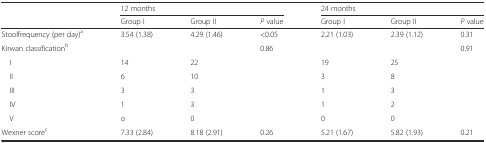
<table><thead><tr><td rowspan="2"></td><td colspan="3"><b>12 months</b></td><td colspan="3"><b>24 months</b></td></tr><tr><td><b>Group I</b></td><td><b>Group II</b></td><td><b><i>P</i> value</b></td><td><b>Group I</b></td><td><b>Group II</b></td><td><b><i>P</i> value</b></td></tr></thead><tbody><tr><td>Stoolfrequency (per day)<sup>a</sup></td><td>3.54 (1.38)</td><td>4.29 (1.46)</td><td>&lt;0.05</td><td>2.21 (1.03)</td><td>2.39 (1.12)</td><td>0.31</td></tr><tr><td>Kirwan classification<sup>b</sup></td><td></td><td></td><td>0.86</td><td></td><td></td><td>0.91</td></tr><tr><td> I</td><td>14</td><td>22</td><td></td><td>19</td><td>25</td><td></td></tr><tr><td> II</td><td>6</td><td>10</td><td></td><td>3</td><td>8</td><td></td></tr><tr><td> III</td><td>3</td><td>3</td><td></td><td>1</td><td>3</td><td></td></tr><tr><td> IV</td><td>1</td><td>3</td><td></td><td>1</td><td>2</td><td></td></tr><tr><td> V</td><td>o</td><td>0</td><td></td><td>0</td><td>0</td><td></td></tr><tr><td>Wexner score<sup>c</sup></td><td>7.33 (2.84)</td><td>8.18 (2.91)</td><td>0.26</td><td>5.21 (1.67)</td><td>5.82 (1.93)</td><td>0.21</td></tr></tbody></table>